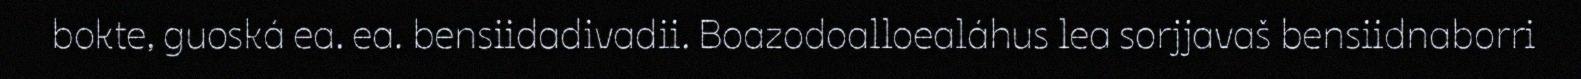
bokte, guoská ea. ea. bensiidadivadii. Boazodoalloealáhus lea sorjjavaš bensiidnaborri